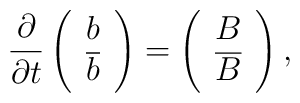
\frac{\partial}{\partial t}\left(\begin{array}{cc} b \\ {\overline b} \end{array}\right)=\left(\begin{array}{cc} B\\{\overline B} \end{array}\right),